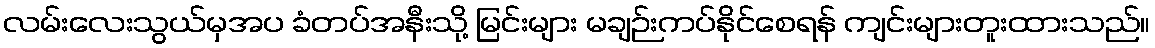
လမ်းလေးသွယ်မှအပ ခံတပ်အနီးသို့ မြင်းများ မချဉ်းကပ်နိုင်စေရန် ကျင်းများတူးထားသည်။